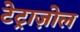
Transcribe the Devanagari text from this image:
टेट्राज़ोल